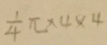
\frac { 1 } { 4 } \pi \times 4 \times 4